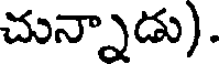
చున్నాడు).